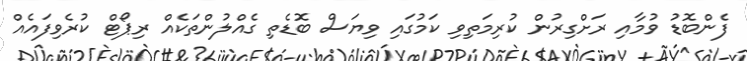
ފެންބޮޑު ވުމާއި ރަށްގިރުން ކުރިމަތިވި ކަމުގައި ވިޔަސް ބޮޑެތި ގެއްލުންތަކެއް ރިޕޯޓް ކުރެވިފައެއް